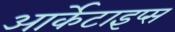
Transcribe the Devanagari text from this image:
आर्केटाइप्स